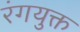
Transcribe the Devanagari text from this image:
रंगयुक्त